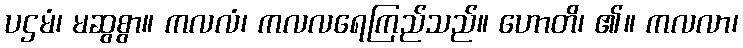
ပဌမံ၊ မဆွစွာ။ ကလလံ၊ ကလလရေကြည်သည်။ ဟောတိ၊ ၏။ ကလလာ၊